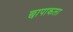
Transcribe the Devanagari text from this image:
छापाकला